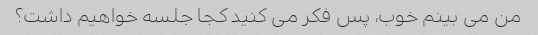
من می بینم خوب، پس فکر می کنید کجا جلسه خواهیم داشت؟